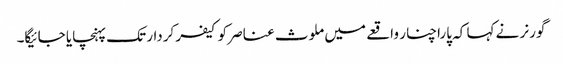
گورنر نے کہا کہ پاراچنار واقعے میں ملوث عناصر کو کیفر کردار تک پہنچایا جائیگا۔